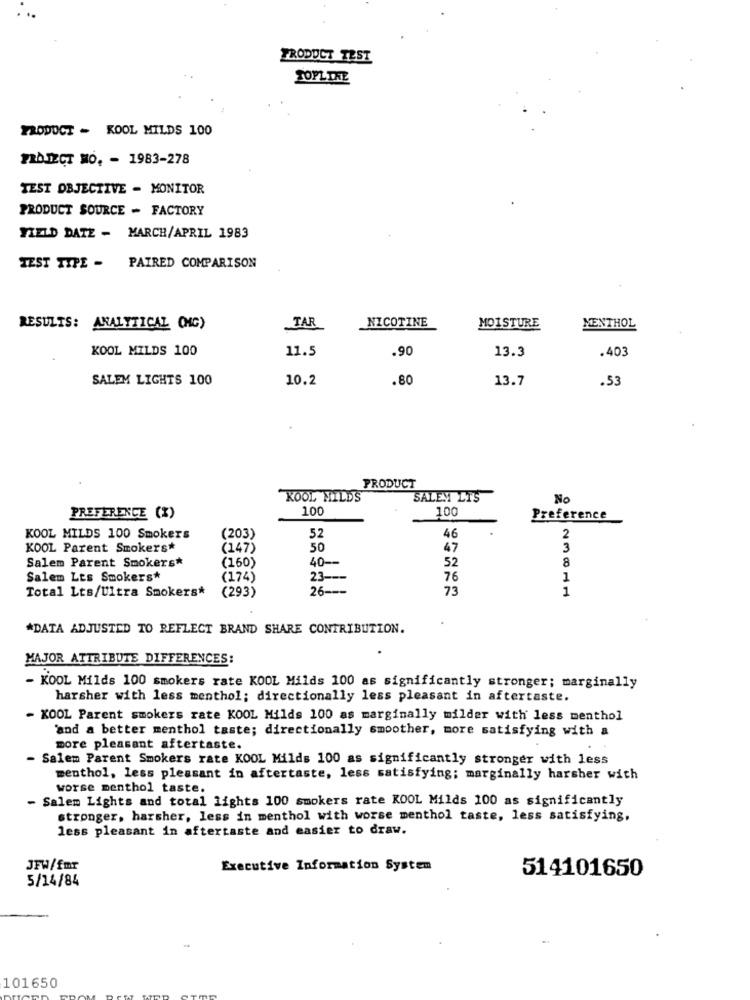
PRODUCT TEST
TOPLINE
PRODUCT - KOOL MILDS 100
PROJECT MO. - 1983-278
TEST OBJECTIVE - MONITOR
PRODUCT SOURCE - FACTORY
YIELD DATE - MARCH/APRIL 1983
TEST TIPE - PAIRED COMPARISON
NICOTINE
RESULTS: ANALYTICAL ONG)
TAR
MOISTURE
MENTHOL
KOOL MILDS 100
11.5
.90
13.3
.403
SALEM LIGHTS 100
10.2
.80
13.7
.53
PRODUCT
KOOL MILDS
SALEM LIS
No
100
100
PREFERENCE (%)
Preference
KOOL MILDS 100 Smokers
(203)
52
46
2
KOOL Parent Smokers*
(147)
50
47
3
Salem Parent Smokers*
(160)
40-
52
8
Salem Lts Smokers*
(174)
23-
76
1
Total Lts/Ultra Smokers*
(293)
26 ---
73
1
*DATA ADJUSTED TO REFLECT BRAND SHARE CONTRIBUTION.
MAJOR ATTRIBUTE DIFFERENCES:
- KOOL Milds 100 smokers rate KOOL Milds 100 as significantly stronger; marginally
harsher with less menthol; directionally less pleasant in aftertaste.
- KOOL Parent smokers rate KOOL Milds 100 as marginally milder with less menthol
'and a better menthol taste; directionally smoother, more satisfying with a
more pleasant aftertaste.
- Salem Parent Smokers rate KOOL Milds 100 as significantly stronger with less
menthol, less pleasant in aftertaste, less satisfying; marginally harsher with
worse menthol taste.
Salem Lights and total lights 100 smokers rate KOOL Milds 100 as significantly
stronger, harsher, less in menthol with worse menthol taste, less satisfying,
less pleasant in aftertaste and easier to draw.
JFW/fmr
Executive Information System
514101650
5/14/84
101650